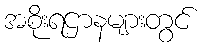
အစိုးရဌာနများတွင်